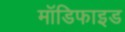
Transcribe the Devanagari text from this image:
माॅडिफाइड